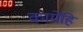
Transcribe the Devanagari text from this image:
कामेंहि